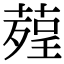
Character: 𦹠